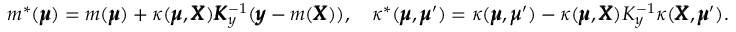
m ^ { \ast } ( \pmb { \mu } ) = m ( \pmb { \mu } ) + \kappa ( \pmb { \mu } , \pmb { X } ) \pmb { K } _ { y } ^ { - 1 } ( \pmb { y } - m ( \pmb { X } ) ) , \quad \kappa ^ { \ast } ( \pmb { \mu } , \pmb { \mu } ^ { \prime } ) = \kappa ( \pmb { \mu } , \pmb { \mu } ^ { \prime } ) - \kappa ( \pmb { \mu } , \pmb { X } ) K _ { y } ^ { - 1 } \kappa ( \pmb { X } , \pmb { \mu } ^ { \prime } ) .